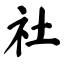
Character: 社